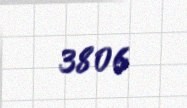
3806